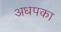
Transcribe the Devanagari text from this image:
अधपका